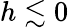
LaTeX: h\lesssim 0